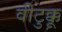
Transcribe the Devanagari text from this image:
वीटुक्कू